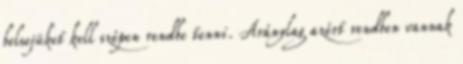
belsejüket kell szépen rendbe tenni. Aránylag azért rendben vannak